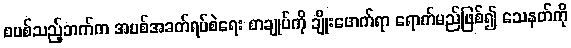
စပစ်သည့်ဘက်က အပစ်အခတ်ရပ်စဲရေး စာချုပ်ကို ချိုးဖောက်ရာ ရောက်မည်ဖြစ်၍ သေနတ်ကို